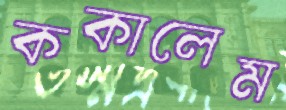
ককালেম